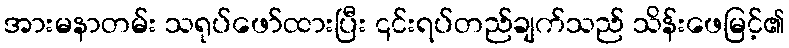
အားမနာတမ်း သရုပ်ဖော်ထားပြီး ၎င်းရပ်တည်ချက်သည် သိန်းဖေမြင့်၏